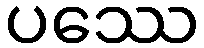
ပဿေ